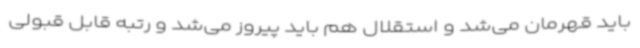
باید قهرمان می‌شد و استقلال هم باید پیروز می‌شد و رتبه قابل قبولی